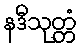
နဒီသုတ္တံ